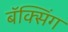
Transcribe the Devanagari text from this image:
बॅक्सिंग